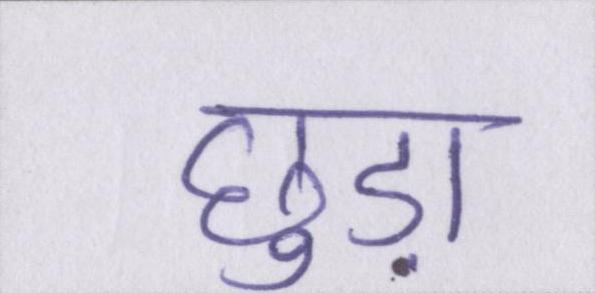
छुड़ा